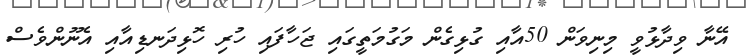
އޭނާ ވިދާޅުވީ މިނިވަން 50އާއި ގުޅިގެން މަގުމަތީގައި ޖަހާފައި ހުރި ހޮޅިދަނޑިއާއި އެނޫންވެސް